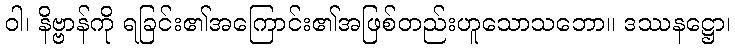
ဝါ၊ နိဗ္ဗာန်ကို ရခြင်း၏အကြောင်း၏အဖြစ်တည်းဟူသောသဘော။ ဒဿနဋ္ဌော၊